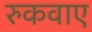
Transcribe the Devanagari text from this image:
रुकवाए